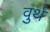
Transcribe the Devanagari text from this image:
वुर्थ